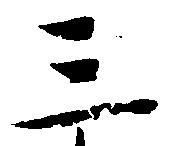
三